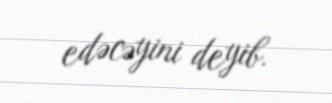
edəcəyini deyib.